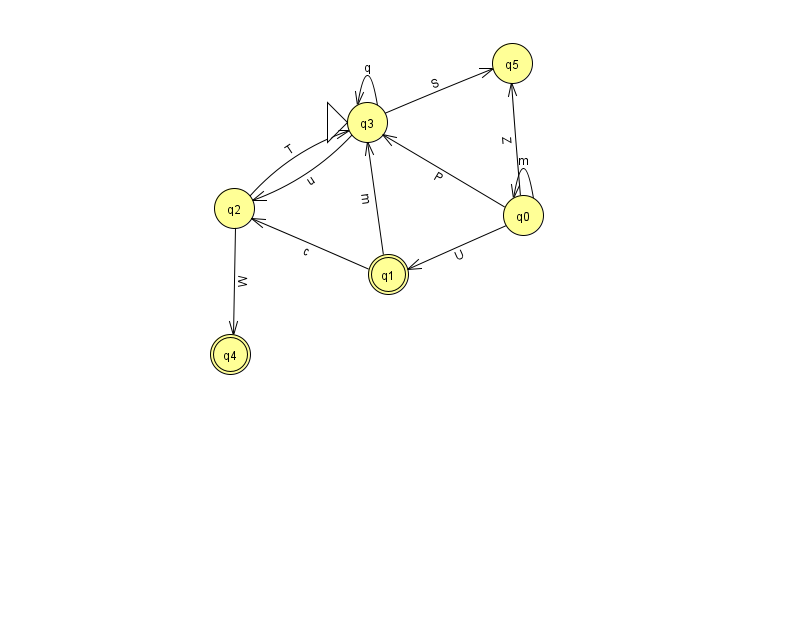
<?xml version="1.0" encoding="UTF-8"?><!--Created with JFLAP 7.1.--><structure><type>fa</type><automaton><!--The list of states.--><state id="0" name="q0"><x>523.0</x><y>202.0</y></state><state id="1" name="q1"><x>388.0</x><y>261.0</y><final/></state><state id="2" name="q2"><x>234.0</x><y>195.0</y></state><state id="3" name="q3"><x>367.0</x><y>109.0</y><initial/></state><state id="4" name="q4"><x>230.0</x><y>341.0</y><final/></state><state id="5" name="q5"><x>512.0</x><y>50.0</y></state><!--The list of transitions.--><transition><from>1</from><to>3</to><read>m</read></transition><transition><from>2</from><to>3</to><read>T</read></transition><transition><from>2</from><to>4</to><read>W</read></transition><transition><from>3</from><to>2</to><read>u</read></transition><transition><from>3</from><to>3</to><read>q</read></transition><transition><from>0</from><to>3</to><read>P</read></transition><transition><from>0</from><to>5</to><read>Z</read></transition><transition><from>0</from><to>1</to><read>U</read></transition><transition><from>1</from><to>2</to><read>c</read></transition><transition><from>3</from><to>5</to><read>S</read></transition><transition><from>0</from><to>0</to><read>m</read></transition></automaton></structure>